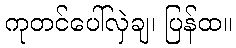
ကုတင်ပေါ်လှဲချ၊ ပြန်ထ။